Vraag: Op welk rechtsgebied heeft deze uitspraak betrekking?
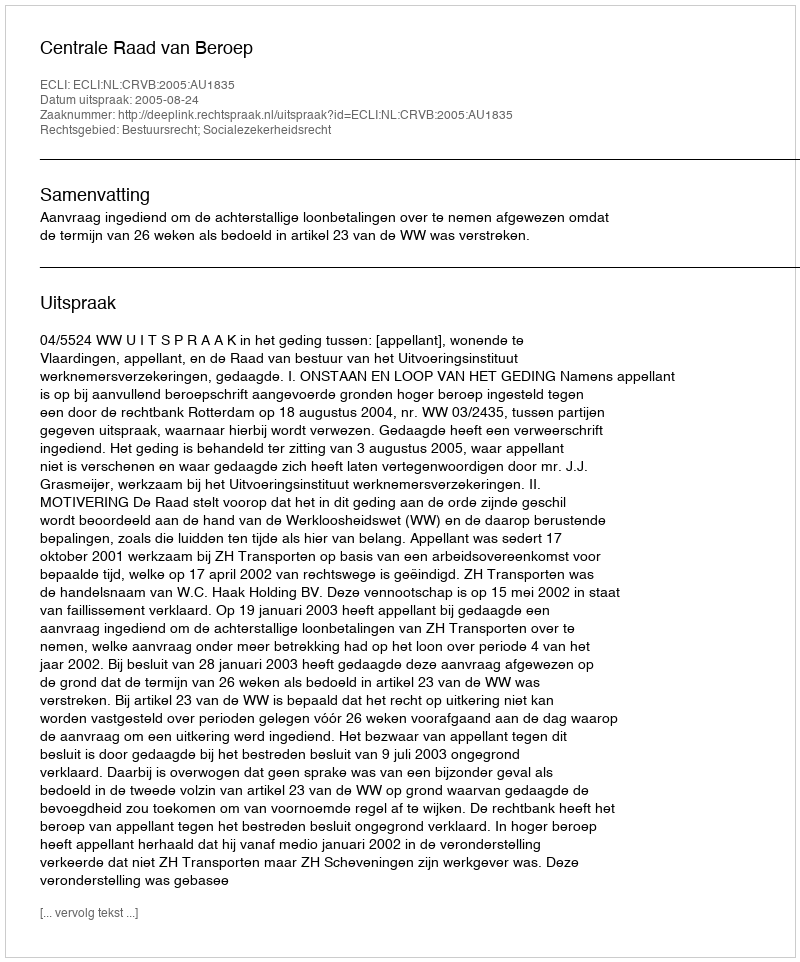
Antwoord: Bestuursrecht; Socialezekerheidsrecht